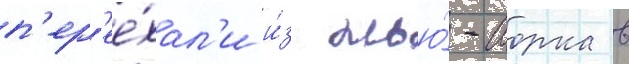
п'ер'ее́хал'и и́з нью́-иорка в